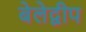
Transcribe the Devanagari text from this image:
बेलेद्वीप